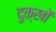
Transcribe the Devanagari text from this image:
दुक्खों